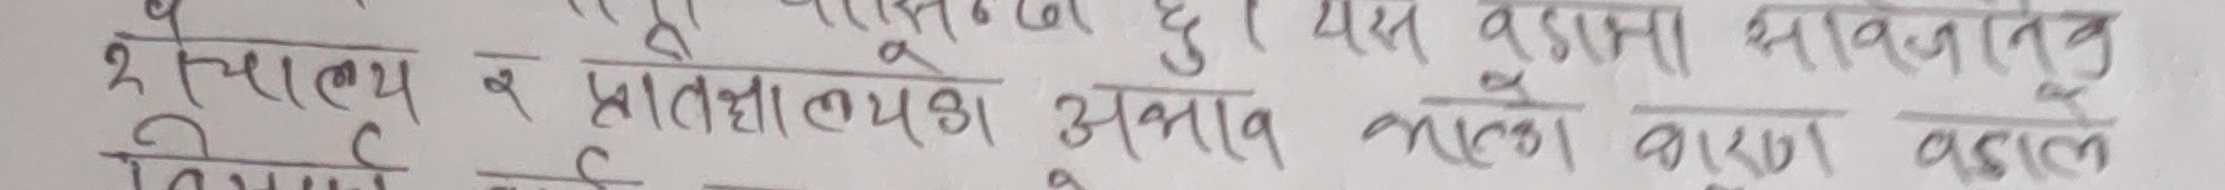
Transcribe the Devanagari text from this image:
...रण हुन् । यस बडा भावनानु
२ शैशाल्य र प्रतिभालयको अभावको कारण वहाल
निर्धारित